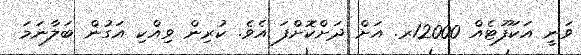
ވަނީ އަކަފޫޓެއް 12000ރ. އަށް ދަށްކޮށްފަ އެވެ. ކުރިން ވިއްކި އަގުން ބަލާނަމަ